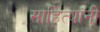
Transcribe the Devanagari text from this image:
साहित्यांनी